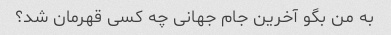
به من بگو آخرین جام جهانی چه کسی قهرمان شد؟